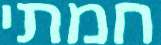
חמתי